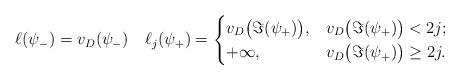
LaTeX: \begin{align*} \ell(\psi_-) = v_D(\psi_-) \quad \ell_j(\psi_+) = \begin{cases} v_D\bigl(\Im(\psi_+)\bigr), & v_D\bigl(\Im(\psi_+)\bigr) < 2j;\\ +\infty, & v_D\bigl(\Im(\psi_+)\bigr) \geq 2j . \end{cases}\end{align*}